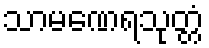
သာမဏေရသုတ္တံ